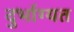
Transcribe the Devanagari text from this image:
दुर्भाग्यत